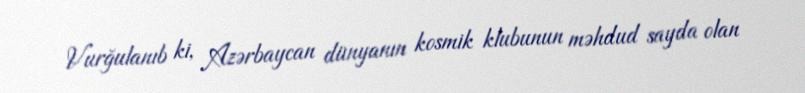
Vurğulanıb ki, Azərbaycan dünyanın kosmik klubunun məhdud sayda olan